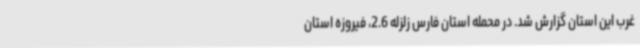
غرب این استان گزارش شد. در محمله استان فارس زلزله 2.6، فیروزه استان